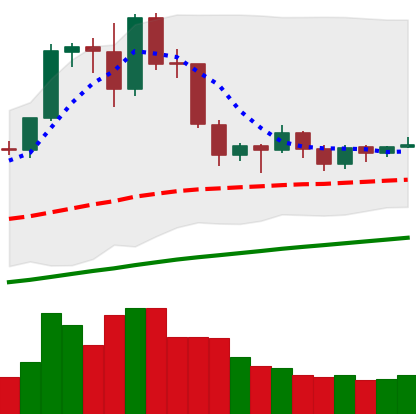
Ticker: EOS-USD
Chart end date: 2019-06-13
Forward return: 5.203%
Label: up_5_7